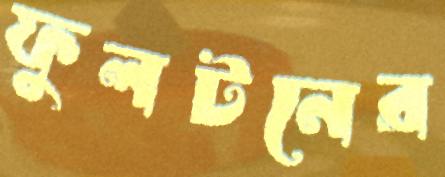
ফুলটনের